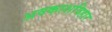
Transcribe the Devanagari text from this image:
अवकाशविहार